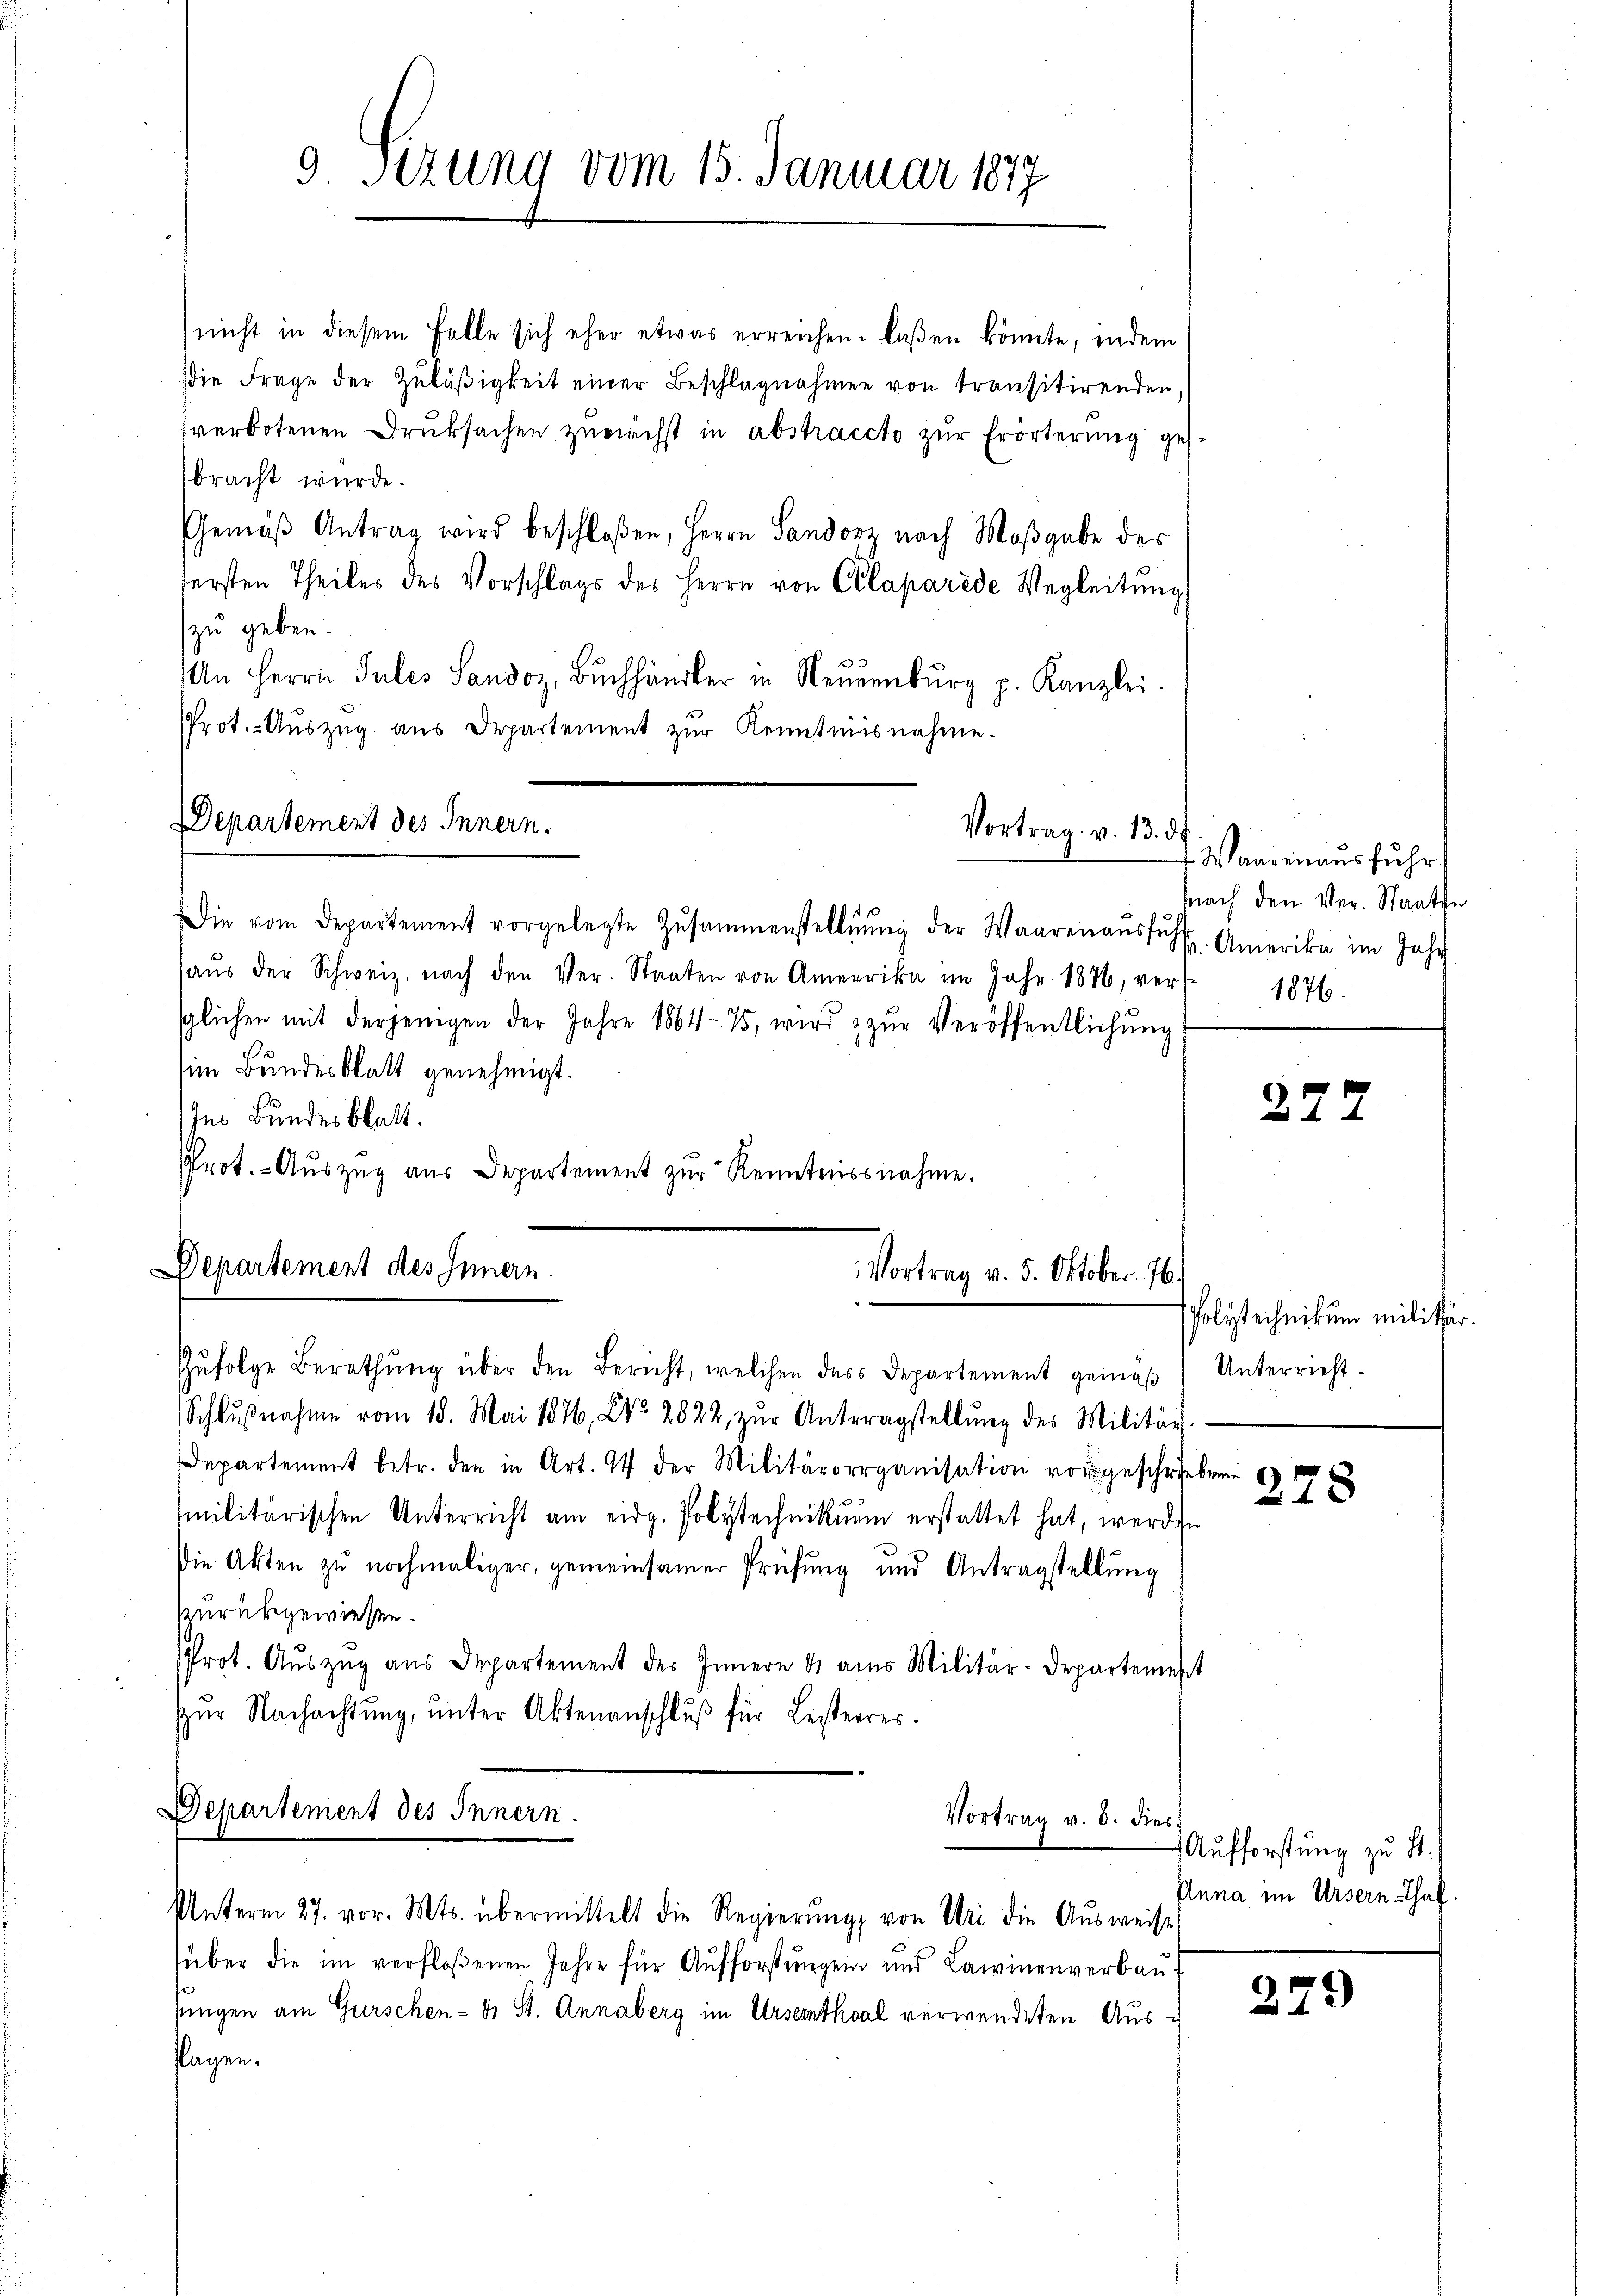
9 Sizung vom 15. Januar 1877

nicht in diesem Falle sich eher etwas erreichen laßen könnte, indem
die Frage der Zuläßigkeit einer Beschlagnahmen von transitirenden
sverbotenen Druksachen zunächst in abstraccto zŭr Erörterung gesbracht wurde.
Gemäβ Antrag wird beschloßen, Herrn Sandorz nach Maßgabe des
fersten Theiles des Vorschlags des Herrn von Celaparéde Wegleitung
zu geben.
An Herrn Jules Sandoz, Bŭchhändler in Neŭernburg p. Kanzlei.
Prot. - Auszug aus Departement zur Kenntnisnahme
Departement des Innern.
Vortrag. v. 13. ds.

ie vom Departement vorgelegte Zusammenstellŭng der Waarenaŭsfŭh-Amerika im Jahr
haŭs der Schweiz. nach den Ver-Staaten von Anmerika im Jahr 1876, ver-
sglichen mit derjenigen der Jahre 1864- 75, wird u zŭr Veröffentlichŭng
im Bundesblatt genehmigt.
Ins Bundesblatt.
Prot.- Aŭszŭg aŭs Departement zŭr Kenntnissnahme.

Departement des Innern.
Vortrag v. 5. Oktober 1761

Schlŭβnahme vom 18. Mai 1876, No. 2822, zŭr Antragstellŭng des Militär
departement betr. den in Art. 44 der Militärorganisation vorgeschrieben
militärischen Unterricht am eidg. Polytechnikum erstattet hat, werden
Die Akten zu nochmaliger, gemeinsamer Prüfung und Antragstellung
Zurückgewiesen.
Prot. Aŭszŭg aŭs Departement des Innern 4 aus Militär-Departement
zur Nachachtung, unter Aktenanschluß für Leisterres.
Departement des Innern.
Vortrag v. 8. dies
Unterm 27. vor. Mts. übermittelt die Regierŭng von Uri die Aŭsweise
über die im verfloßenen Jahre für Aufforstungen und Lawinenverbaut
sungen am Gurschen - 4. St. Annaberg im Ursernthal verwendeten Ausflagen.

Zufolge Berathung über den Bericht, welchen dass Departement gemäß Unterricht¬

Waaren ausfuhr,
fnach den Ver- Staatse
1876.

277

Polstechnikum militär

228

Aufforstung zu 4.
Puna im Ursern Chaf.

279)